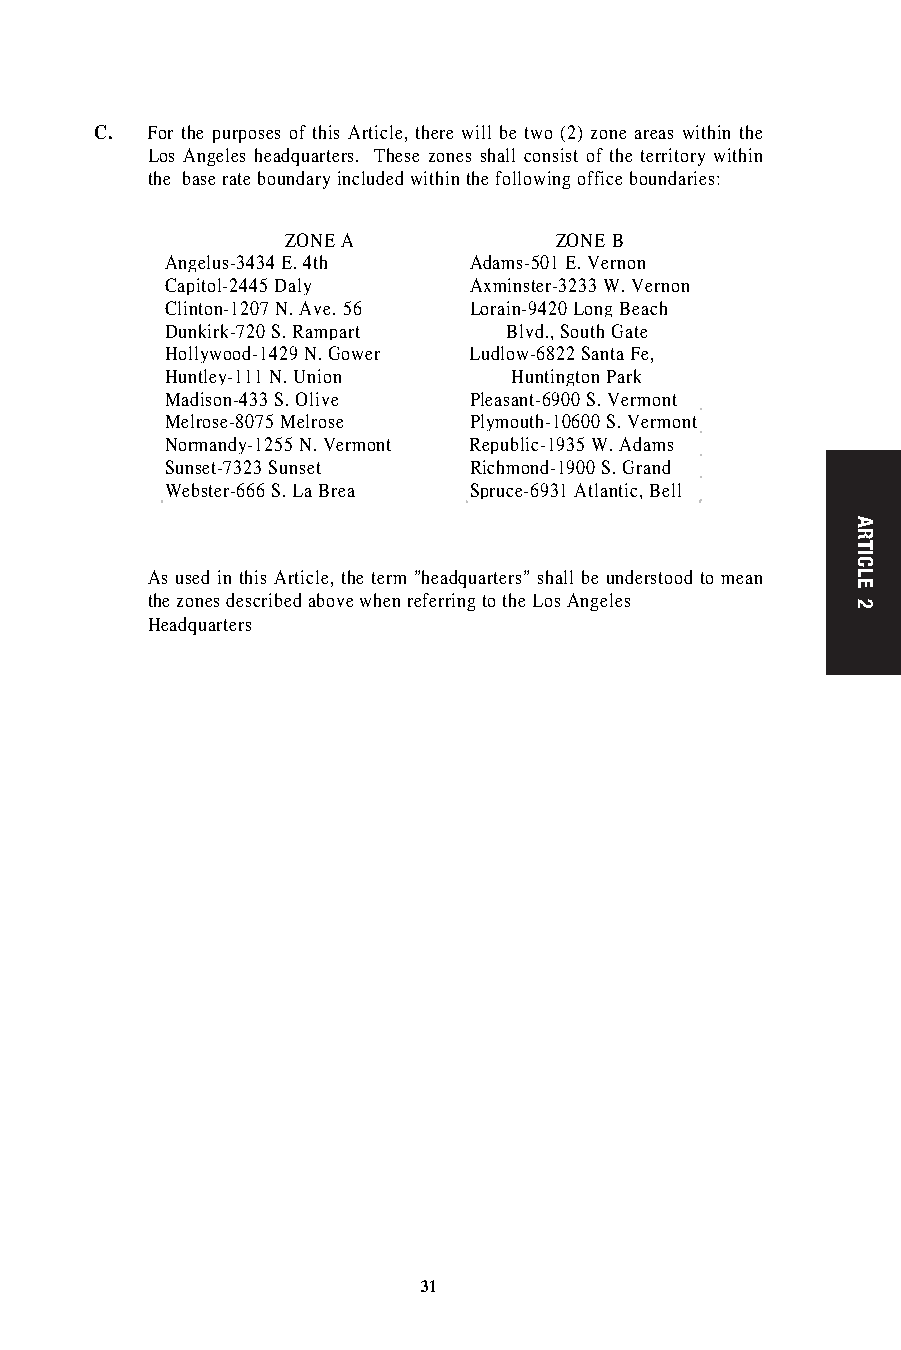
Concord Napa San Francisco
 Antioch Calistoga C. For the purposes of this Article, there will be two (2) zone areas within the
 Bishop Ranch Fairfield-Suisun Los Angeles headquarters. These zones shall consist of the territory within
 Crockett St. Helena San Rafael the base rate boundary included within the following office boundaries:
 Danville Sonoma Belvedere
 Dublin Vacaville Cloverdale
 ZONE A            ZONE B
 East Contra Costa Vallejo
 Angelus-3434 E. 4th Adams-501 E. Vernon
 Lafayette Yountville Corte Madera
 Capitol-2445 Daly   Axminster-3233 W. Vernon
 Livermore Redding Forestville
 Clinton-1207 N. Ave. 56 Lorain-9420 Long Beach
 Martinez Anderson Guerneville
 Dunkirk-720 S. Rampart Blvd., South Gate
 Moraga Central Valley Healdsburg
 Hollywood-1429 N. Gower Ludlow-6822 Santa Fe,
 Orinda Corning Ignacio
 Huntley-111 N. Union   Huntington Park
 Pittsburg Cottonwood Mill Valley
 Madison-433 S. Olive Pleasant-6900 S. Vermont
 Pleasanton Dunsmuir Petaluma
 Melrose-8075 Melrose Plymouth-10600 S. Vermont
 Richmond-El Sobrante Mt. Shasta Point Reyes
 Normandy-1255 N. Vermont Republic-1935 W. Adams
 Rodeo Red Bluff Santa Rosa
 Sunset-7323 Sunset  Richmond-1900 S. Grand
 Walnut Creek Susanville Sausalito
 Webster-666 S. La Brea Spruce-6931 Atlantic, Bell
 Weed Sebastopol
 East Bay Yreka Stinson Beach-
 Hayward Bolinas
 Windsor    As used in this Article, the term "headquarters" shall be understood to mean
 Stockton Ukiah the zones described above when referring to the Los Angeles
 Angels Camp Elk Headquarters
 Galt Fort Bragg
 Jackson Lakeport
 Lockeford Lower Lake
 Lodi Middletown
 San Andreas Point Arena
 Sonora Willits
 Tracy
 Valley Springs
 Nevada
 Austin Empire/Gerlach Pahrump
 Battle Mountain Fernley Reno
 Beatty Hawthorne Schurz
 Carson City Indian Springs Tonopah
 Crystal Bay Las Vegas Virginia City
 Elko Lovelock Winnemucca
 Ely Orovada
 30                           31
 ARTICLE
 2